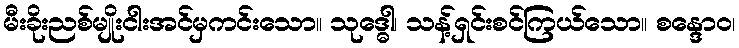
မီးခိုးညစ်မျိုးငါးအင်မှကင်းသော။ သုဒ္ဓေါ၊ သန့်ရှင်းစင်ကြယ်သော။ စန္ဒောဝ၊